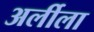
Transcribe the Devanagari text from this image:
अर्लीला